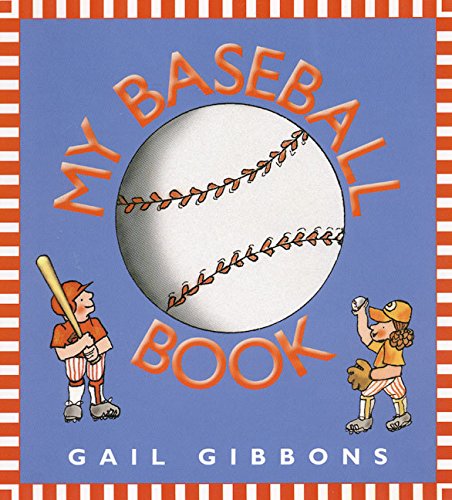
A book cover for My Baseball Book; Gail Gibbons; Children's Books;